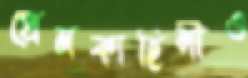
প্রেমকাহিনীও